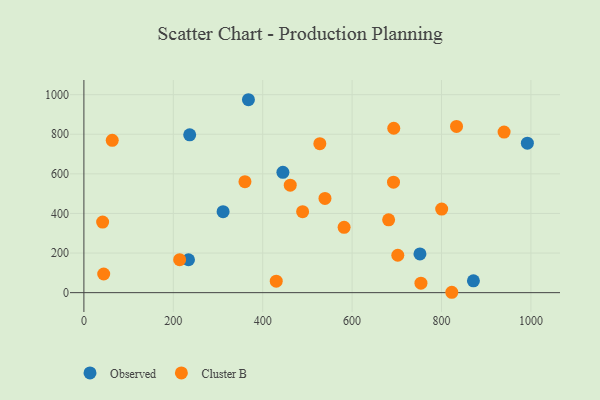
{"axis": {"x": "Price", "y": "Exam Score"}, "legend": ["Cluster B", "Observed"], "data": [{"x": "311.4", "y": 408.9, "type": "Observed"}, {"x": "234.0", "y": 166.1, "type": "Observed"}, {"x": "871.4", "y": 59.5, "type": "Observed"}, {"x": "751.8", "y": 195.7, "type": "Observed"}, {"x": "992.1", "y": 755.0, "type": "Observed"}, {"x": "445.2", "y": 607.8, "type": "Observed"}, {"x": "368.1", "y": 974.4, "type": "Observed"}, {"x": "236.7", "y": 797.1, "type": "Observed"}, {"x": "940.0", "y": 811.0, "type": "Cluster B"}, {"x": "430.3", "y": 58.2, "type": "Cluster B"}, {"x": "754.0", "y": 47.8, "type": "Cluster B"}, {"x": "214.2", "y": 166.8, "type": "Cluster B"}, {"x": "63.4", "y": 769.3, "type": "Cluster B"}, {"x": "702.2", "y": 188.8, "type": "Cluster B"}, {"x": "693.2", "y": 830.3, "type": "Cluster B"}, {"x": "823.0", "y": 1.9, "type": "Cluster B"}, {"x": "681.7", "y": 367.7, "type": "Cluster B"}, {"x": "41.9", "y": 356.4, "type": "Cluster B"}, {"x": "489.3", "y": 409.2, "type": "Cluster B"}, {"x": "527.8", "y": 752.5, "type": "Cluster B"}, {"x": "461.6", "y": 542.7, "type": "Cluster B"}, {"x": "800.4", "y": 422.2, "type": "Cluster B"}, {"x": "833.6", "y": 839.6, "type": "Cluster B"}, {"x": "360.3", "y": 560.6, "type": "Cluster B"}, {"x": "539.3", "y": 475.8, "type": "Cluster B"}, {"x": "692.6", "y": 558.1, "type": "Cluster B"}, {"x": "582.1", "y": 330.0, "type": "Cluster B"}, {"x": "44.3", "y": 94.2, "type": "Cluster B"}]}